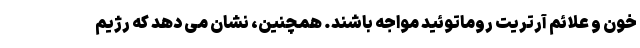
خون و علائم آرتریت روماتوئید مواجه باشند. همچنین، نشان می دهد که رژیم